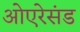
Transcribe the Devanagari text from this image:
ओएरेसंड